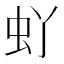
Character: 𫊦